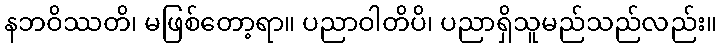
နဘဝိဿတိ၊ မဖြစ်တော့ရာ။ ပညာဝါတိပိ၊ ပညာရှိသူမည်သည်လည်း။